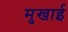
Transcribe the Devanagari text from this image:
मुखाई